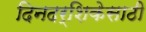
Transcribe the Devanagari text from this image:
दिनदर्शिकेसाठी